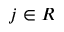
j \in R